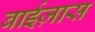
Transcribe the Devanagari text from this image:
बाईज़ास